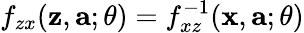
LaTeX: f_{zx}(\mathbf{z},\mathbf{a};\theta)=f_{xz}^{-1}(\mathbf{x},\mathbf{a};\theta)